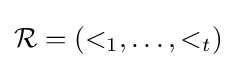
{\mathcal {R}}=(<_{1},\dots ,<_{t})